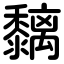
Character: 黐